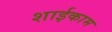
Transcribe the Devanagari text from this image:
शाईकाम